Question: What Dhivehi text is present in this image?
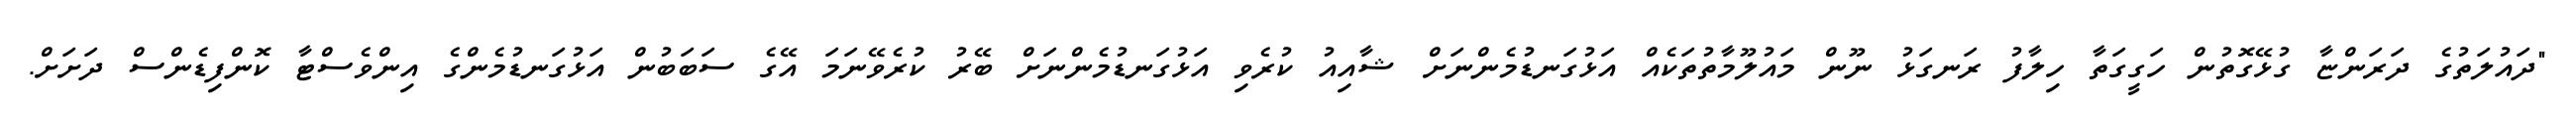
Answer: "ދައުލަތުގެ ދަރަންޏާ ގުޅޭގޮތުން ހަގީގަތާ ހިލާފު ރަނގަޅު ނޫން މައުލޫމާތުތަކެއް އަޅުގަނޑުމެންނަށް ޝާއިއު ކުރެވި އަޅުގަނޑުމެންނަށް ބޭރު ކުރެވޭނަމަ އޭގެ ސަބަބުން އަޅުގަނޑުމެންގެ އިންވެސްޓާ ކޮންފިޑެންސް ދަށަށް.